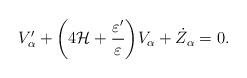
LaTeX: \begin{align*}V'_{\alpha} + \biggl( 4 {\cal H} + \frac{\varepsilon'}{\varepsilon}\biggr) V_{\alpha} + \dot{Z}_{\alpha} =0.\end{align*}